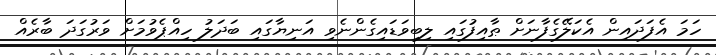
ހަމަ އެފަދައިން އެކަލޭގެފާނަށް ޠާއިފުގައި ލިބިވަޑައިގެންނެވި އަނިޔާގައި ބަދަލު ހިއްޕެވުމަށް ވަރުގަދަ ބާރެއް